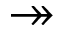
\twoheadrightarrow